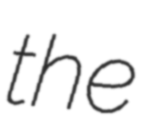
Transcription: the